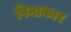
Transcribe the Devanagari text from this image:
पिनाकार